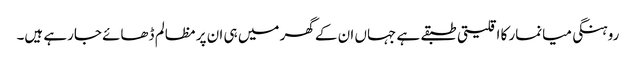
روہنگی میانمار کا اقلیتی طبقے ہے جہاں ان کے گھر میں ہی ان پر مظالم ڈھائے جارہے ہیں۔